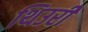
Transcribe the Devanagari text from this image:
थिउरी